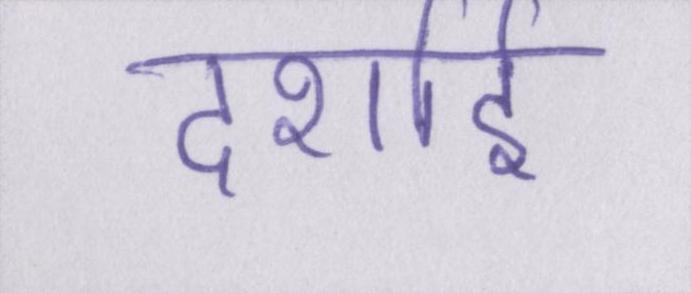
दर्शाई